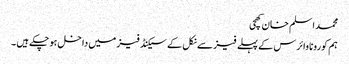
محمد اسلم خان کھچی
ہم کورونا وائرس کے پہلے فیز سے نکل کے سیکنڈ فیز میں داخل ہو چکے ہیں ۔